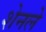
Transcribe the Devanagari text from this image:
शेनले